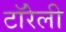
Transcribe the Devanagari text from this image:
टॉरेली